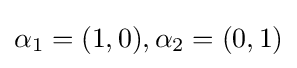
\alpha _{1}=(1,0),\alpha _{2}=(0,1)